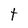
Character: t